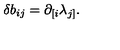
\delta b _ { i j } = \partial _ { [ i } \lambda _ { j ] } .